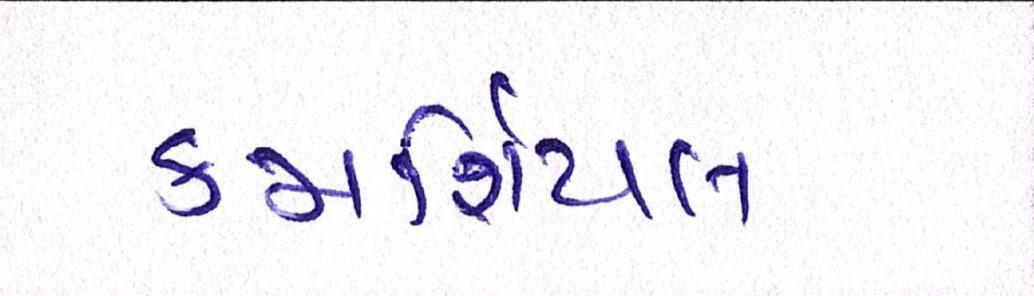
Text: કમર્શિયલ